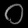
Digit: ၀